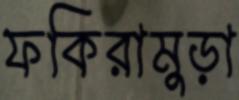
ফকিরামুড়া